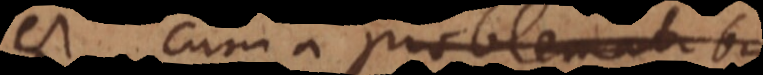
est, cum a problematibus